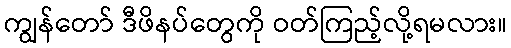
ကျွန်တော် ဒီဖိနပ်တွေကို ဝတ်ကြည့်လို့ရမလား။